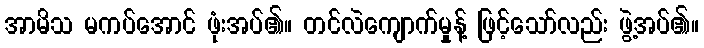
အာမိသ မကပ်အောင် ဖုံးအပ်၏။ တင်လဲကျောက်မှုန့် ဖြင့်သော်လည်း ဖွဲ့အပ်၏။